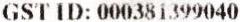
GST ID: 000381399040